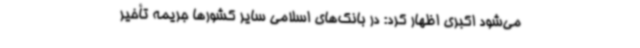
می‌شود اکبری اظهار کرد: در بانک‌های اسلامی سایر کشورها جریمه تأخیر